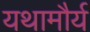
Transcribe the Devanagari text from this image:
यथामौर्य